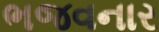
ભજવનાર